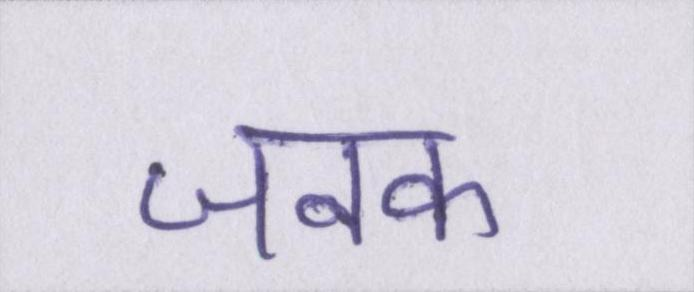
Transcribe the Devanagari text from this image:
जनक